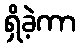
ရှိခဲ့ကာ